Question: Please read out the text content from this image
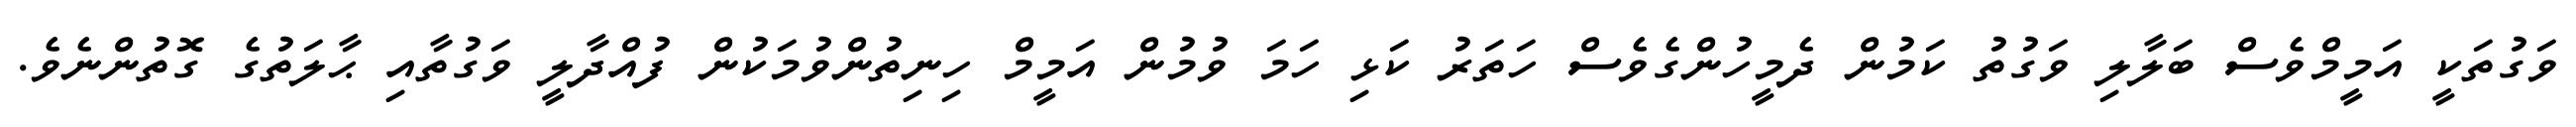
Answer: ވަގުތަކީ އަމީމްވެސް ބަލާލި ވަގުތު ކަމުން ދެމީހުންގެވެސް ހަތަރު ކަޅި ހަމަ ވުމުން އަމީމް ހިނިތުންވުމަކުން ފުއްދާލީ ވަގުތާއި ޙާލަތުގެ ގޮތުންނެވެ.